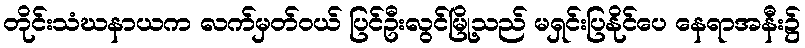
တိုင်းသံဃနာယက လက်မှတ်ဝယ် ပြင်ဦးလွင်မြို့သည် မရှင်းပြနိုင်ပေ နေရာအနီး၌